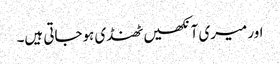
اور میری آنکھیں ٹھنڈی ہوجاتی ہیں۔